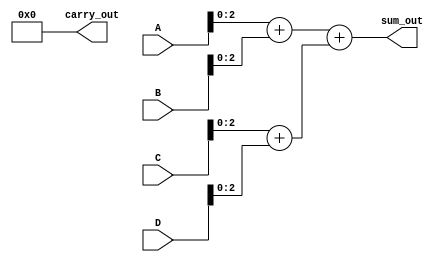
module carry_save_adder(
    input [3:0] A, // First operand
    input [3:0] B, // Second operand
    input [3:0] C, // Third operand
    input [3:0] D, // Fourth operand
    output [3:0] sum_out, // Final sum output
    output [3:0] carry_out // Final carry output
);

// Carry Save Adder for two inputs
function [3:0] CSA;
    input [3:0] x, y;
    begin
        CSA = {1'b0, x[2:0]} + {1'b0, y[2:0]};
    end
endfunction

// Intermediate sums and carries
wire [3:0] sum1, carry1;
wire [3:0] sum2, carry2;
wire [3:0] final_sum, final_carry;

// First stage of CSA tree
assign {carry1, sum1} = CSA(A, B);
assign {carry2, sum2} = CSA(C, D);

// Second stage of CSA tree
assign {final_carry, final_sum} = CSA(sum1, sum2);

// Final output
assign sum_out = final_sum;
assign carry_out = final_carry;

endmodule